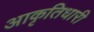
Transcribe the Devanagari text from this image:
आकृतिधारी